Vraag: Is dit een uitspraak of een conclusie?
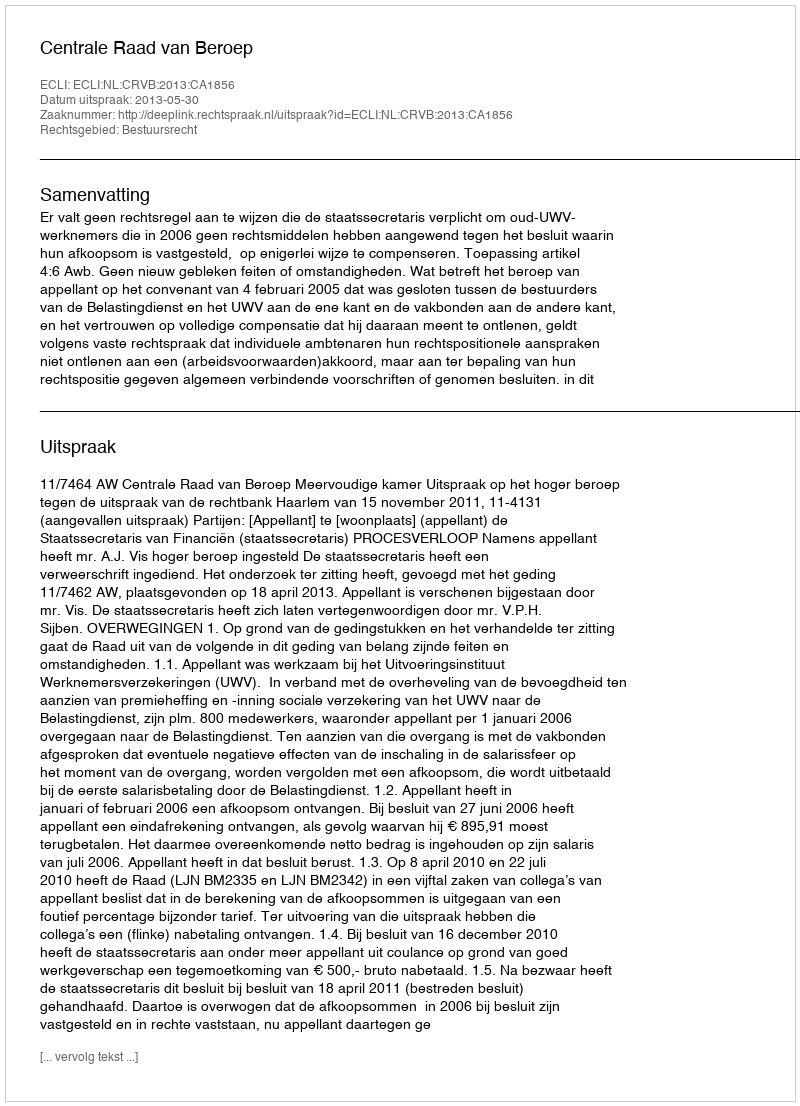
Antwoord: Uitspraak